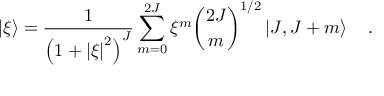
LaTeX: \left\vert { \xi } \right\rangle = { \frac { 1 } { \left( { 1 + { \vert \xi \vert } ^ { 2 } } \right) ^ { J } } } \sum _ { m = 0 } ^ { 2 J } \xi ^ { m } { \binom { 2 J } { m } } ^ { 1 / 2 } \left\vert { J , \- J + m } \right\rangle \quad .